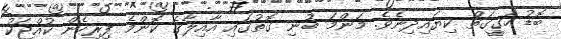
ބޮޑު ހަގީގަތް ކިޔައިދިނެވެ. މަންމަ ބުނި ގޮތުގައި އާއިލާގެ ކޮންމެ ފިރިހެން ކުއްޖަކު